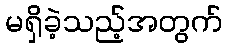
မရှိခဲ့သည့်အတွက်